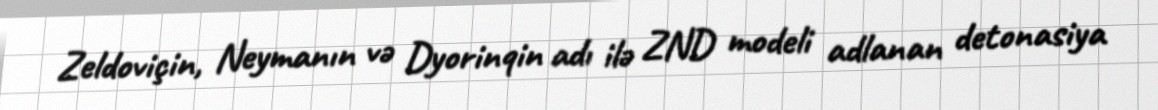
Zeldoviçin, Neymanın və Dyorinqin adı ilə ZND modeli adlanan detonasiya